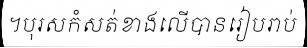
។បុរសកំសត់ខាងលើបានរៀបរាប់